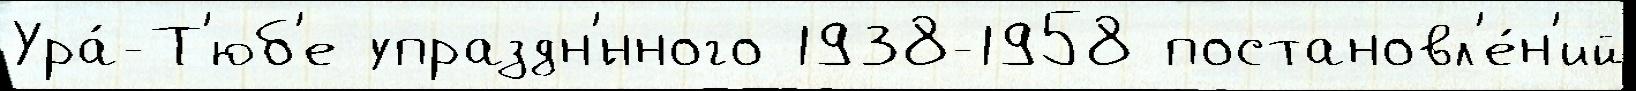
Ура́-Т'юб'е упраздн'́нного 1938-1958 постановл'е́н'ий